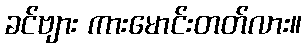
ခင်ဗျား ကားမောင်းတတ်လား။